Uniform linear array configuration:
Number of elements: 32
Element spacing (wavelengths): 0.5
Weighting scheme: hann
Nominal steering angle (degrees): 60
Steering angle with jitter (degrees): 61.766
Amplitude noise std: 0.05
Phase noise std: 0.05

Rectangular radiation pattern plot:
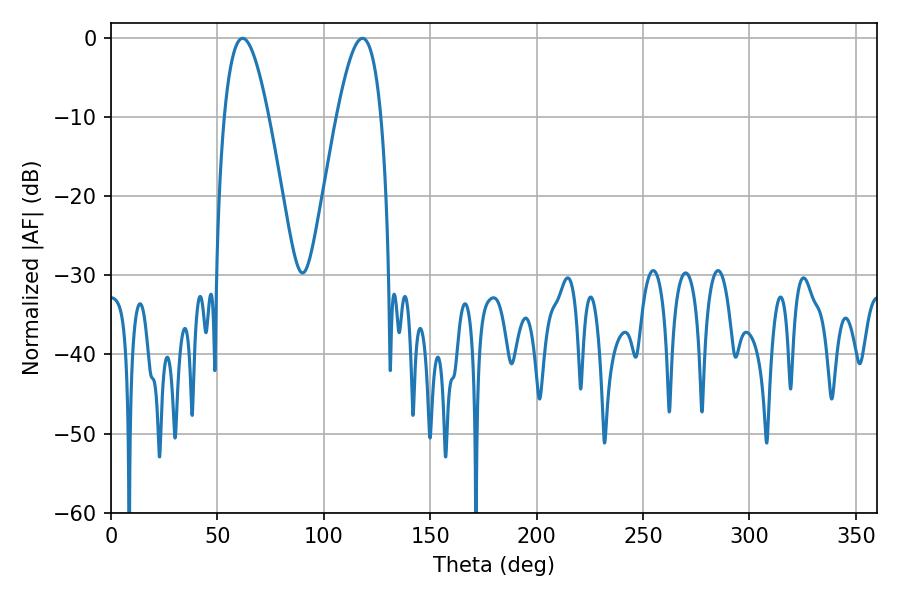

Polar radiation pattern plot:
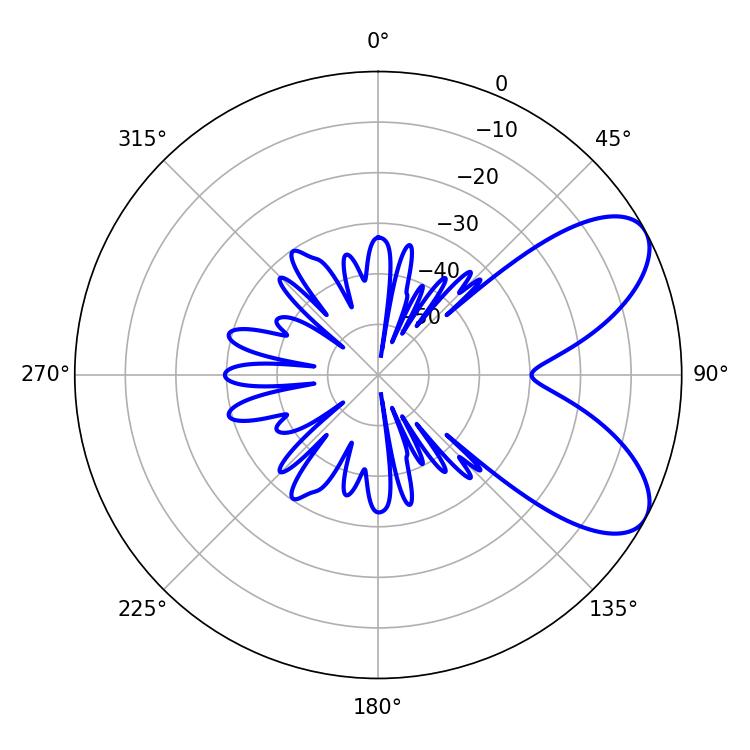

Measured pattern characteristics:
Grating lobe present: FALSE
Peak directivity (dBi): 7.214
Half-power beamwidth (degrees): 11.34
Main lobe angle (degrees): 61.92